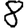
Digit: 8